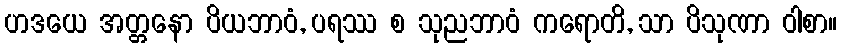
ဟဒယေ အတ္တနော ပိယဘာဝံ, ပရဿ စ သုညဘာဝံ ကရောတိ, သာ ပိသုဏာ ဝါစာ။